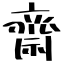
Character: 齋